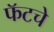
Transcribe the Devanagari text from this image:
फॅटचे